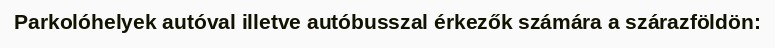
Parkolóhelyek autóval illetve autóbusszal érkezők számára a szárazföldön: